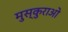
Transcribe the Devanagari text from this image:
मुस्कुराओ